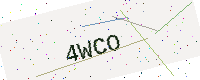
Text: 4WCO